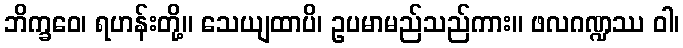
ဘိက္ခဝေ၊ ရဟန်းတို့။ သေယျထာပိ၊ ဥပမာမည်သည်ကား။ ဖလဂဏ္ဍဿ ဝါ၊